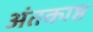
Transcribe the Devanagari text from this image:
अंतकाष्ठ